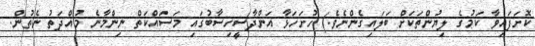
ކޮށަފައިވާ ކަމުގެ ލިޔުންތަކަށް ބަލައިގެންނެވެ.) ހުށަހަޅާ އަންދާސީހިސާބުގައި މަސައްކަތް ނިންމާނެ މުއްދަތު ނެތުން.